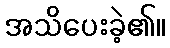
အသိပေးခဲ့၏။